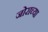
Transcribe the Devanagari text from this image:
जोराच्या